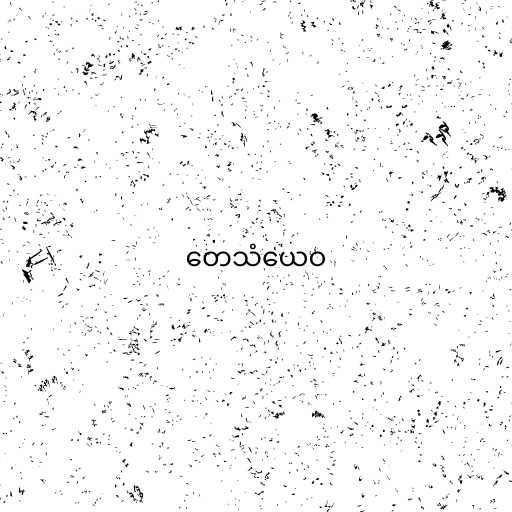
တေသံယေဝ